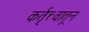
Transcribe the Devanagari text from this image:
कर्तृत्त्वातून